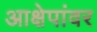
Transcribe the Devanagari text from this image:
आक्षेपांवर